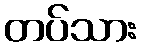
တပ်သား